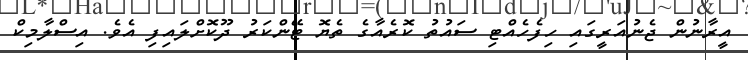
އީރާނުން ޖެނުއަރީގައި ހިފެހެއްޓި ސައުތު ކޮރެއާގެ ތެޔޮ ޓޭންކަރު ދޫކޮށްލައިފި އެވެ. އިސްލާމިކް